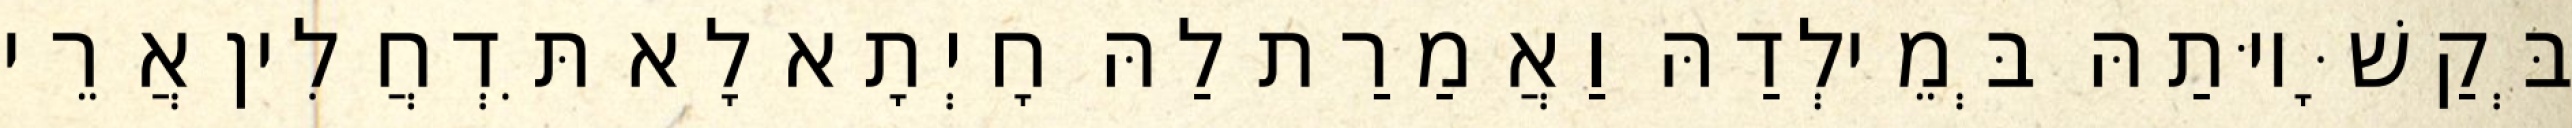
בְּקַשָּׁיוּתַהּ בְּמֵילְדַהּ וַאֲמַרַת לַהּ חָיְתָא לָא תִּדְחֲלִין אֲרֵי